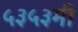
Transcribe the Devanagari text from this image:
५३५३मी